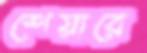
শেয়ারে